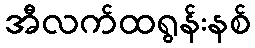
အီလက်ထရွန်းနစ်